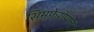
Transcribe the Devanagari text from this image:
सिमफेरोपोल